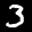
Label: 3